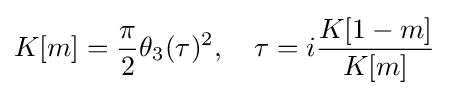
K[m]={\frac {\pi }{2}}\theta _{3}(\tau )^{2},\quad \tau =i{\frac {K[1-m]}{K[m]}}